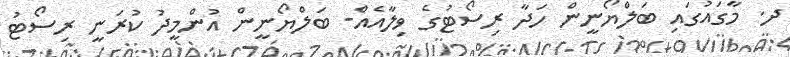
ދ. މާގައުގައި ބަލްޔޯނީން ހަދާ ރިސޯޓުގެ ވިލާއެއް- ބަލްޔޯނީން އުންމީދު ކުރަނީ ރިސޯޓު